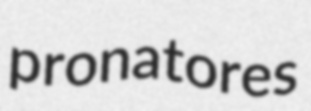
pronatores